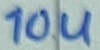
Text: 10u